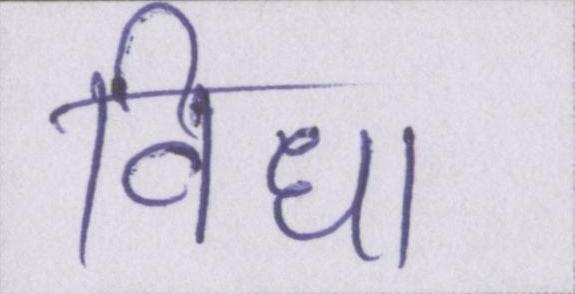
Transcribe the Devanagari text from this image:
विधा